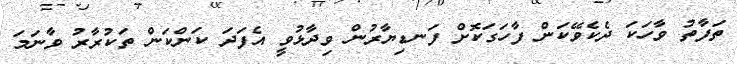
ތަފާތު ވާހަކަ ދެކެވޭކަން ފާހަގަކޮށް ފަނޑިޔާރުން ވިދާޅުވީ އެފަދަ ކަންކަން ތަކުރާރު ވާނަމަ